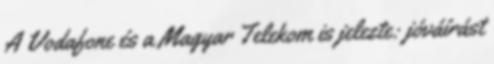
A Vodafone és a Magyar Telekom is jelezte: jóváírást